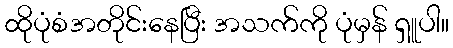
ထိုပုံစံအတိုင်းနေပြီး အသက်ကို ပုံမှန် ရှူပါ။